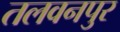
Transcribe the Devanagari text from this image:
तलवनपुर